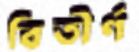
বিতীর্ণ